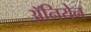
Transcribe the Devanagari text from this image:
अॅनियेन